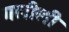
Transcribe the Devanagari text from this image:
गलीली